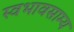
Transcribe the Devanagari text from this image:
स्वभावसाम्य